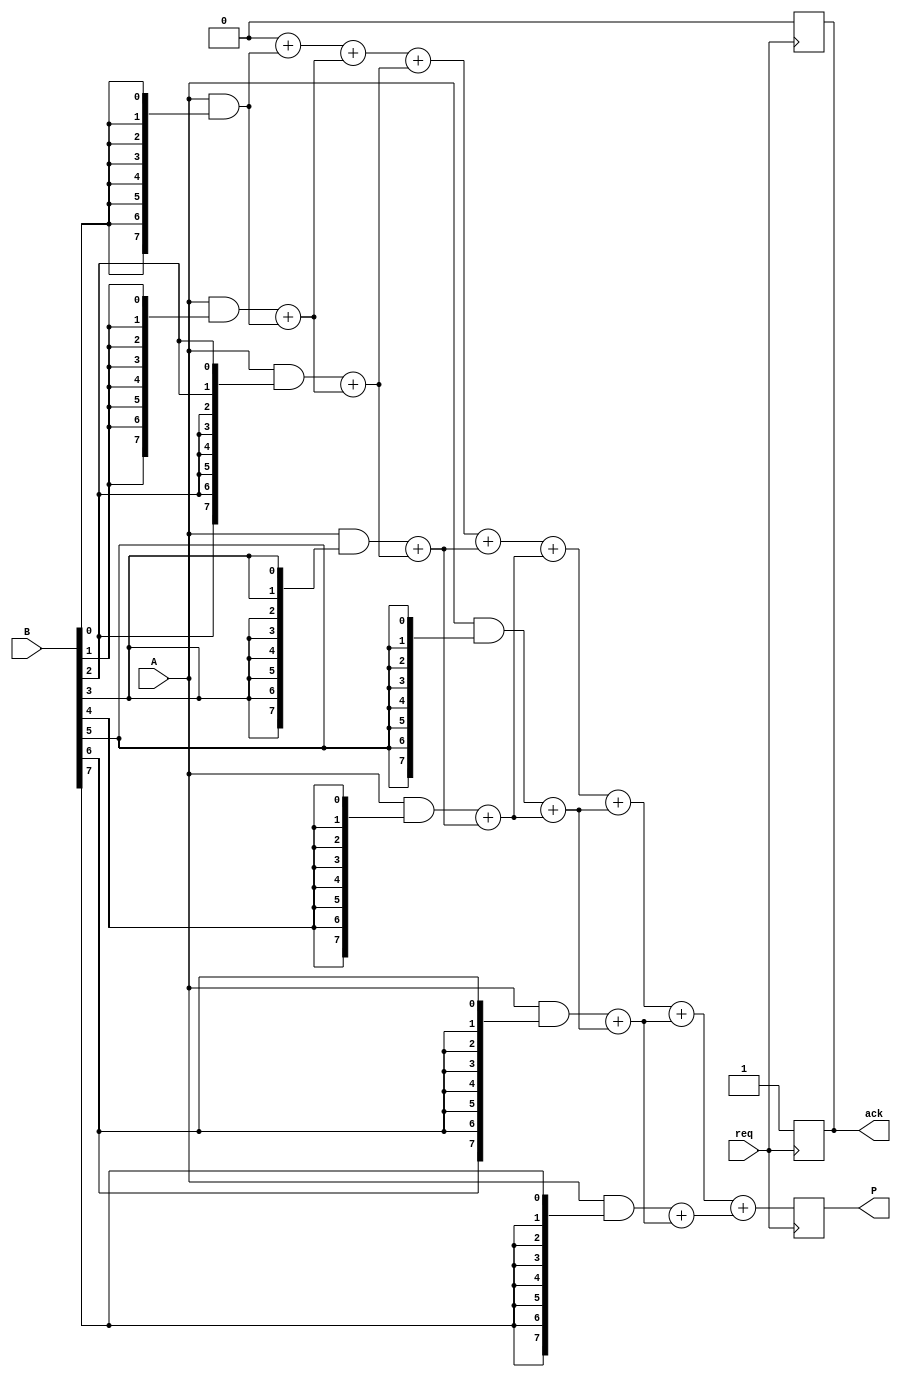
module async_wallace_tree_multiplier #(parameter N = 8, M = 8) (
    input [N-1:0] A,
    input [M-1:0] B,
    input req,          // Request signal
    output reg [N+M-1:0] P, // Product output
    output reg ack      // Acknowledge signal
);

    // Partial product generation
    wire [N-1:0] pp [0:M-1]; // Partial products
    genvar i;
    generate
        for (i = 0; i < M; i = i + 1) begin : pp_gen
            assign pp[i] = A & {N{B[i]}};
        end
    endgenerate

    // Wallace tree reduction
    wire [N+M-1:0] sum [0:M-1]; // Sums at each stage
    wire [N+M-1:0] carry [0:M-1]; // Carries at each stage

    // Stage 1: Grouping and summing partial products
    integer j;
    always @(*) begin
        for (j = 0; j < M; j = j + 1) begin
            if (j == 0) begin
                sum[j] = pp[j];
                carry[j] = 0;
            end else begin
                {carry[j], sum[j]} = pp[j] + sum[j-1];
            end
        end
    end

    // Final addition stage
    reg [N+M-1:0] final_sum;
    reg [N+M-1:0] final_carry;

    always @(*) begin
        final_sum = 0;
        final_carry = 0;
        for (j = 0; j < M; j = j + 1) begin
            {final_carry, final_sum} = final_sum + sum[j];
        end
    end

    // Asynchronous operation with handshaking
    always @(posedge req) begin
        P <= final_sum; // Assign product on request
        ack <= 1;       // Acknowledge the operation
    end

    always @(negedge req) begin
        ack <= 0;       // De-assert acknowledge
    end

endmodule